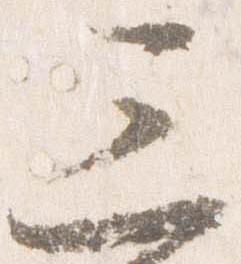
三